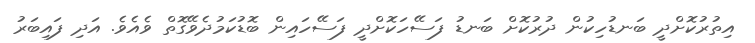
އިތުރުކޮށްދީ ބަނޑުހިކުން ދުރުކޮށް ބަނޑު ފަސޭހަކޮށްދީ ފަސޭހައިން ބޮޑުކަމުދެވޭގޮތް ވެއެވެ. އަދި ފައިބަރު